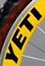
YETI